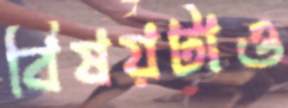
বিষয়টাও